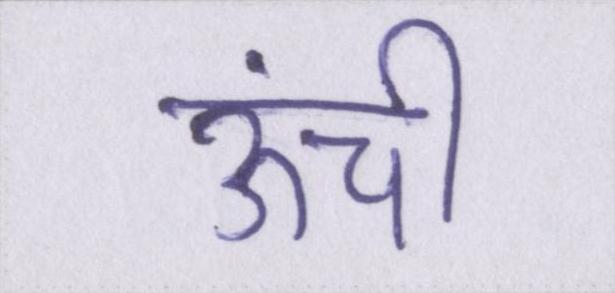
ऊंची